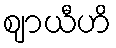
ဈာယီဟိ